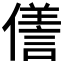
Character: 𠏜